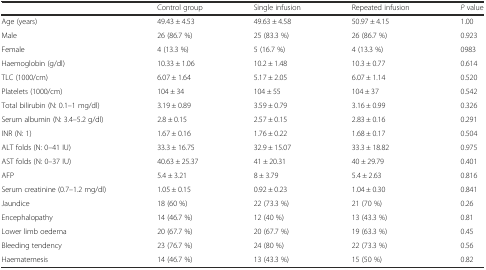
<table><thead><tr><td></td><td><b>Control group</b></td><td><b>Single infusion</b></td><td><b>Repeated infusion</b></td><td><b><i>P</i> value</b></td></tr></thead><tbody><tr><td>Age (years)</td><td>49.43 ± 4.53</td><td>49.63 ± 4.58</td><td>50.97 ± 4.15</td><td>1.00</td></tr><tr><td>Male</td><td>26 (86.7 %)</td><td>25 (83.3 %)</td><td>26 (86.7 %)</td><td>0.923</td></tr><tr><td>Female</td><td>4 (13.3 %)</td><td>5 (16.7 %)</td><td>4 (13.3 %)</td><td>0983</td></tr><tr><td>Haemoglobin (g/dl)</td><td>10.33 ± 1.06</td><td>10.2 ± 1.48</td><td>10.3 ± 0.77</td><td>0.614</td></tr><tr><td>TLC (1000/cm)</td><td>6.07 ± 1.64</td><td>5.17 ± 2.05</td><td>6.07 ± 1.14</td><td>0.520</td></tr><tr><td>Platelets (1000/cm)</td><td>104 ± 34</td><td>104 ± 55</td><td>104 ± 37</td><td>0.542</td></tr><tr><td>Total bilirubin (N: 0.1–1 mg/dl)</td><td>3.19 ± 0.89</td><td>3.59 ± 0.79</td><td>3.16 ± 0.99</td><td>0.326</td></tr><tr><td>Serum albumin (N: 3.4–5.2 g/dl)</td><td>2.8 ± 0.15</td><td>2.57 ± 0.15</td><td>2.83 ± 0.16</td><td>0.291</td></tr><tr><td>INR (N: 1)</td><td>1.67 ± 0.16</td><td>1.76 ± 0.22</td><td>1.68 ± 0.17</td><td>0.504</td></tr><tr><td>ALT folds (N: 0–41 IU)</td><td>33.3 ± 16.75</td><td>32.9 ± 15.07</td><td>33.3 ± 18.82</td><td>0.975</td></tr><tr><td>AST folds (N: 0–37 IU)</td><td>40.63 ± 25.37</td><td>41 ± 20.31</td><td>40 ± 29.79</td><td>0.401</td></tr><tr><td>AFP</td><td>5.4 ± 3.21</td><td>8 ± 3.79</td><td>5.4 ± 2.63</td><td>0.816</td></tr><tr><td>Serum creatinine (0.7–1.2 mg/dl)</td><td>1.05 ± 0.15</td><td>0.92 ± 0.23</td><td>1.04 ± 0.30</td><td>0.841</td></tr><tr><td>Jaundice</td><td>18 (60 %)</td><td>22 (73.3 %)</td><td>21 (70 %)</td><td>0.26</td></tr><tr><td>Encephalopathy</td><td>14 (46.7 %)</td><td>12 (40 %)</td><td>13 (43.3 %)</td><td>0.81</td></tr><tr><td>Lower limb oedema</td><td>20 (67.7 %)</td><td>20 (67.7 %)</td><td>19 (63.3 %)</td><td>0.45</td></tr><tr><td>Bleeding tendency</td><td>23 (76.7 %)</td><td>24 (80 %)</td><td>22 (73.3 %)</td><td>0.56</td></tr><tr><td>Haematemesis</td><td>14 (46.7 %)</td><td>13 (43.3 %)</td><td>15 (50 %)</td><td>0.82</td></tr></tbody></table>